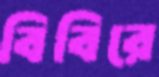
বিবিরে